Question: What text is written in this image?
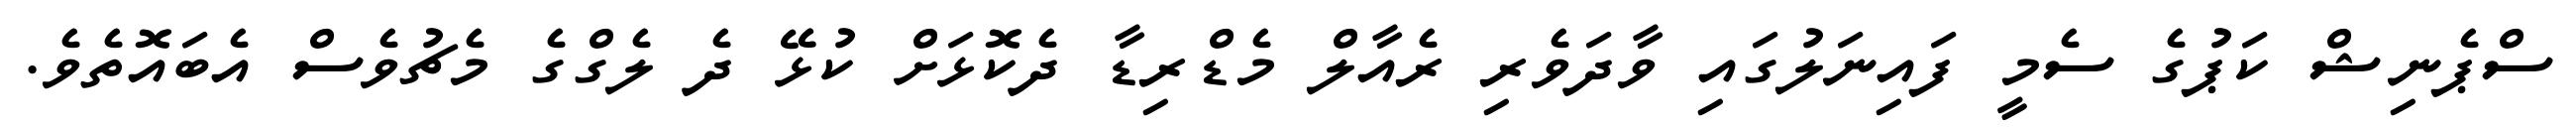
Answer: ސްޕެނިޝް ކަޕުގެ ސެމީ ފައިނަލުގައި ވާދަވެރި ރެއާލް މެޑްރިޑާ ދެކޮޅަށް ކުޅޭ ދެ ލެގްގެ މެޗުވެސް އެބައޮތެވެ.